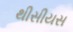
થીસીયસ